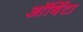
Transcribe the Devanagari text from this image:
ऑर्बिटा